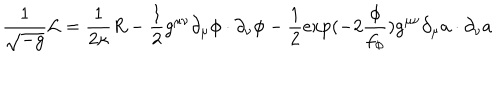
\frac { 1 } { \sqrt { - g } } { \cal L } = \frac { 1 } { 2 \kappa } R - \frac { 1 } { 2 } g ^ { \mu \nu } \partial _ { \mu } \phi \cdot \partial _ { \nu } \phi - \frac { 1 } { 2 } \exp ( - 2 \frac { \phi } { f _ { \phi } } ) g ^ { \mu \nu } \partial _ { \mu } a \cdot \partial _ { \nu } a